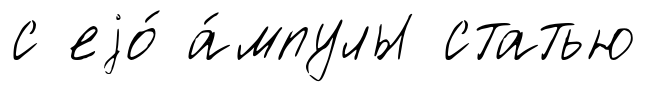
с еjо́ а́мпулы статью